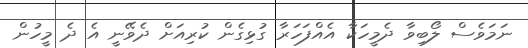
ނަމަވެސް ލޯބިވާ ދެމީހަކާ އެއްފަހަރާ ގުޅިގެން ކުރިއަށް ދެވޭނީ އެ ދެ މީހުން